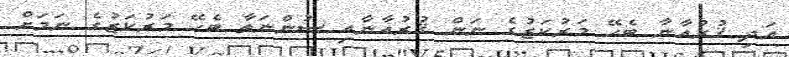
އަދި ޤުރުއާނާ ބެހޭ މަރުކަޒުގެ ނަން ޤުރުއާނާއި ސުންނަތާ ބެހޭ މަރުކަޒުގެ ނަމަށް